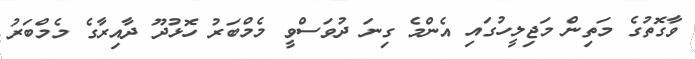
ވާގޮތުގެ މަތިން މަޖިލީހުގައި އެންމެ ގިނަ ދުވަސްވީ މެމްބަރު ހޮޅުދޫ ދާއިރާގެ މެމްބަރު